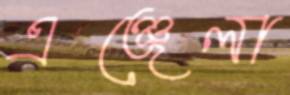
এঞ্জেলা